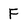
Character: F